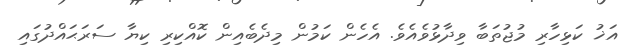
އަޚު ކަޅިހާރި މުޖުތަބާ ވިދާޅުވެއެވެ. އެހެން ކަމުން މިދެބެއިން ކޮއްކިރި ކިޔާ ސަރަޙައްދުގައި